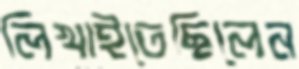
লিখাইতেছিলেন